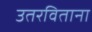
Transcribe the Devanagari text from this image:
उतरविताना